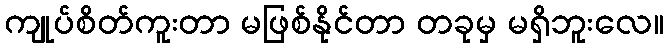
ကျုပ်စိတ်ကူးတာ မဖြစ်နိုင်တာ တခုမှ မရှိဘူးလေ။